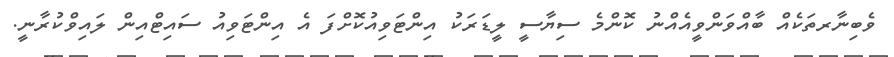
ވެބިނާރތަކެއް ބާއްވަންވީއެއްނު ކޮންމެ ސިޔާސީ ލީޑަރަކު އިންޓަވިއުކޮށްފަ އެ އިންޓަވިއު ސައިޓްއިން ލައިވްކުރާނީ.